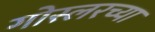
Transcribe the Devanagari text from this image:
गोस्लरच्या